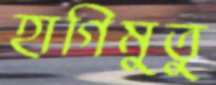
হাগিমুতু